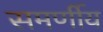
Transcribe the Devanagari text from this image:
समर्णीय